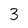
Character: 3